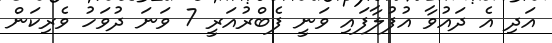
އަދި އެ ދައުވާ އުފުލާފައި ވަނީ ފެބްރުއަރީ 7 ވަނަ ދުވަހު ވެރިކަން